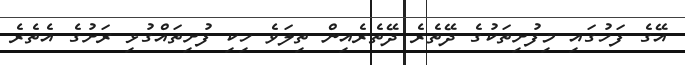
އޭގެ ފަހުގައި މިފުށިތަކުގެ ދޭތެރެ ދޭތެރެއިން ތިލަވެ ހިކި ފުށިތައްގުޅި ރަށުގެ އެތެރެ